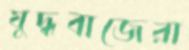
যুদ্ধবাজেরা